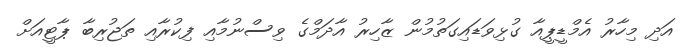
އަދި މިހާރު އެމްޑީޕީއާ ގުޅިވަޑައިގަތުމުން ޒާހިރު އާދަމްގެ ވިސްނުމާއި ފިކުރާއި ތަޖުރިބާ ޕާޓީއަށް